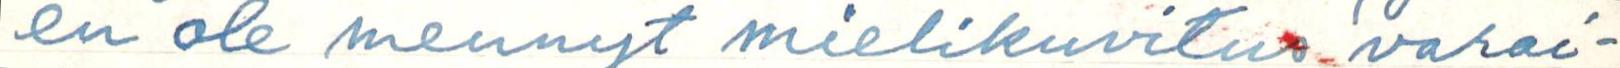
en ole mennyt mielikuvitus varai-